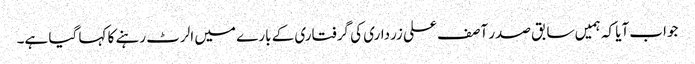
جواب آیا کہ ہمیں سابق صدر آصف علی زرداری کی گرفتاری کے بارے میں الرٹ رہنے کا کہا گیا ہے۔